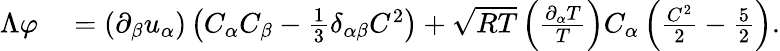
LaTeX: \begin{array}{rl}{\Lambda\varphi}&{{}=(\partial_{\beta}u_{\alpha})\left(C_{\alpha}C_{\beta}-\frac{1}{3}\delta_{\alpha\beta}C^{2}\right)+\sqrt{RT}\left(\frac{\partial_{\alpha}T}{T}\right)C_{\alpha}\left(\frac{C^{2}}{2}-\frac{5}{2}\right).}\end{array}